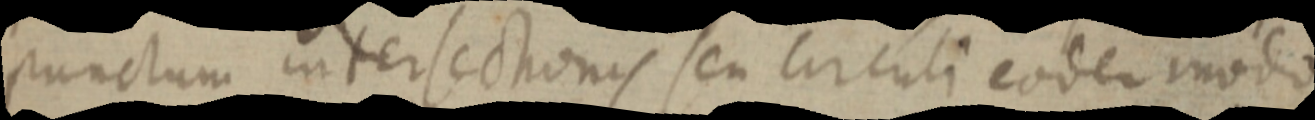
punctum intersectionis seu circuli eodem modo